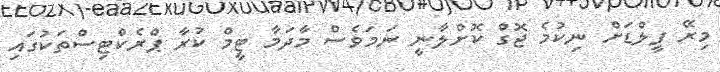
މިރޭ ފީލްޑަށް ނިކުމެ ޖޮގް ކޮށްލާނީ ނަމަވެސް މާދަމާ ޓީމް ކުރާ ޕްރެކްޓިސްތަކުގައި